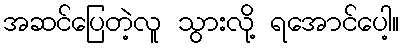
အဆင်ပြေတဲ့လူ သွားလို့ ရအောင်ပေါ့။